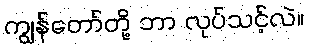
ကျွန်တော်တို့ ဘာ လုပ်သင့်လဲ။